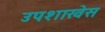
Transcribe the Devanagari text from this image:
उपशाखेस